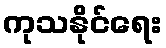
ကုသနိုင်ရေး